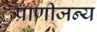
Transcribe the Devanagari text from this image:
प्राणीजन्य